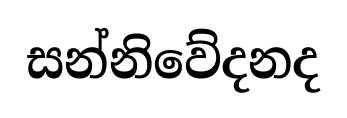
සන්නිවේදනද